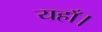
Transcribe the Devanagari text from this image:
यहाँ।